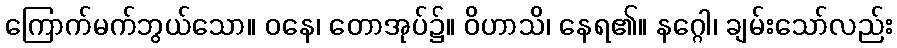
ကြောက်မက်ဘွယ်သော။ ဝနေ၊ တောအုပ်၌။ ဝိဟာသိ၊ နေရ၏။ နဂ္ဂေါ၊ ချမ်းသော်လည်း